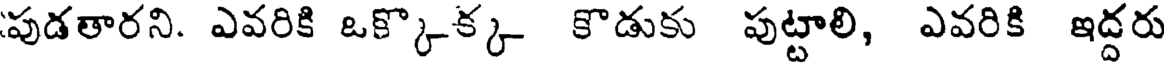
పుడతారని. ఎవరికి ఒక్కొక్క కొడుకు పుట్టాలి, ఎవరికి ఇద్దరు